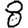
Digit: 8